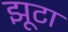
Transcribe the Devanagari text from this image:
झूटा